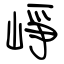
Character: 崢